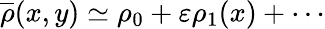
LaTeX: \overline{{\rho}}(x,y)\simeq\rho_{0}+\varepsilon\rho_{1}(x)+\cdots